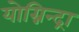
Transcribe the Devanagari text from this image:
योग्निन्द्रा